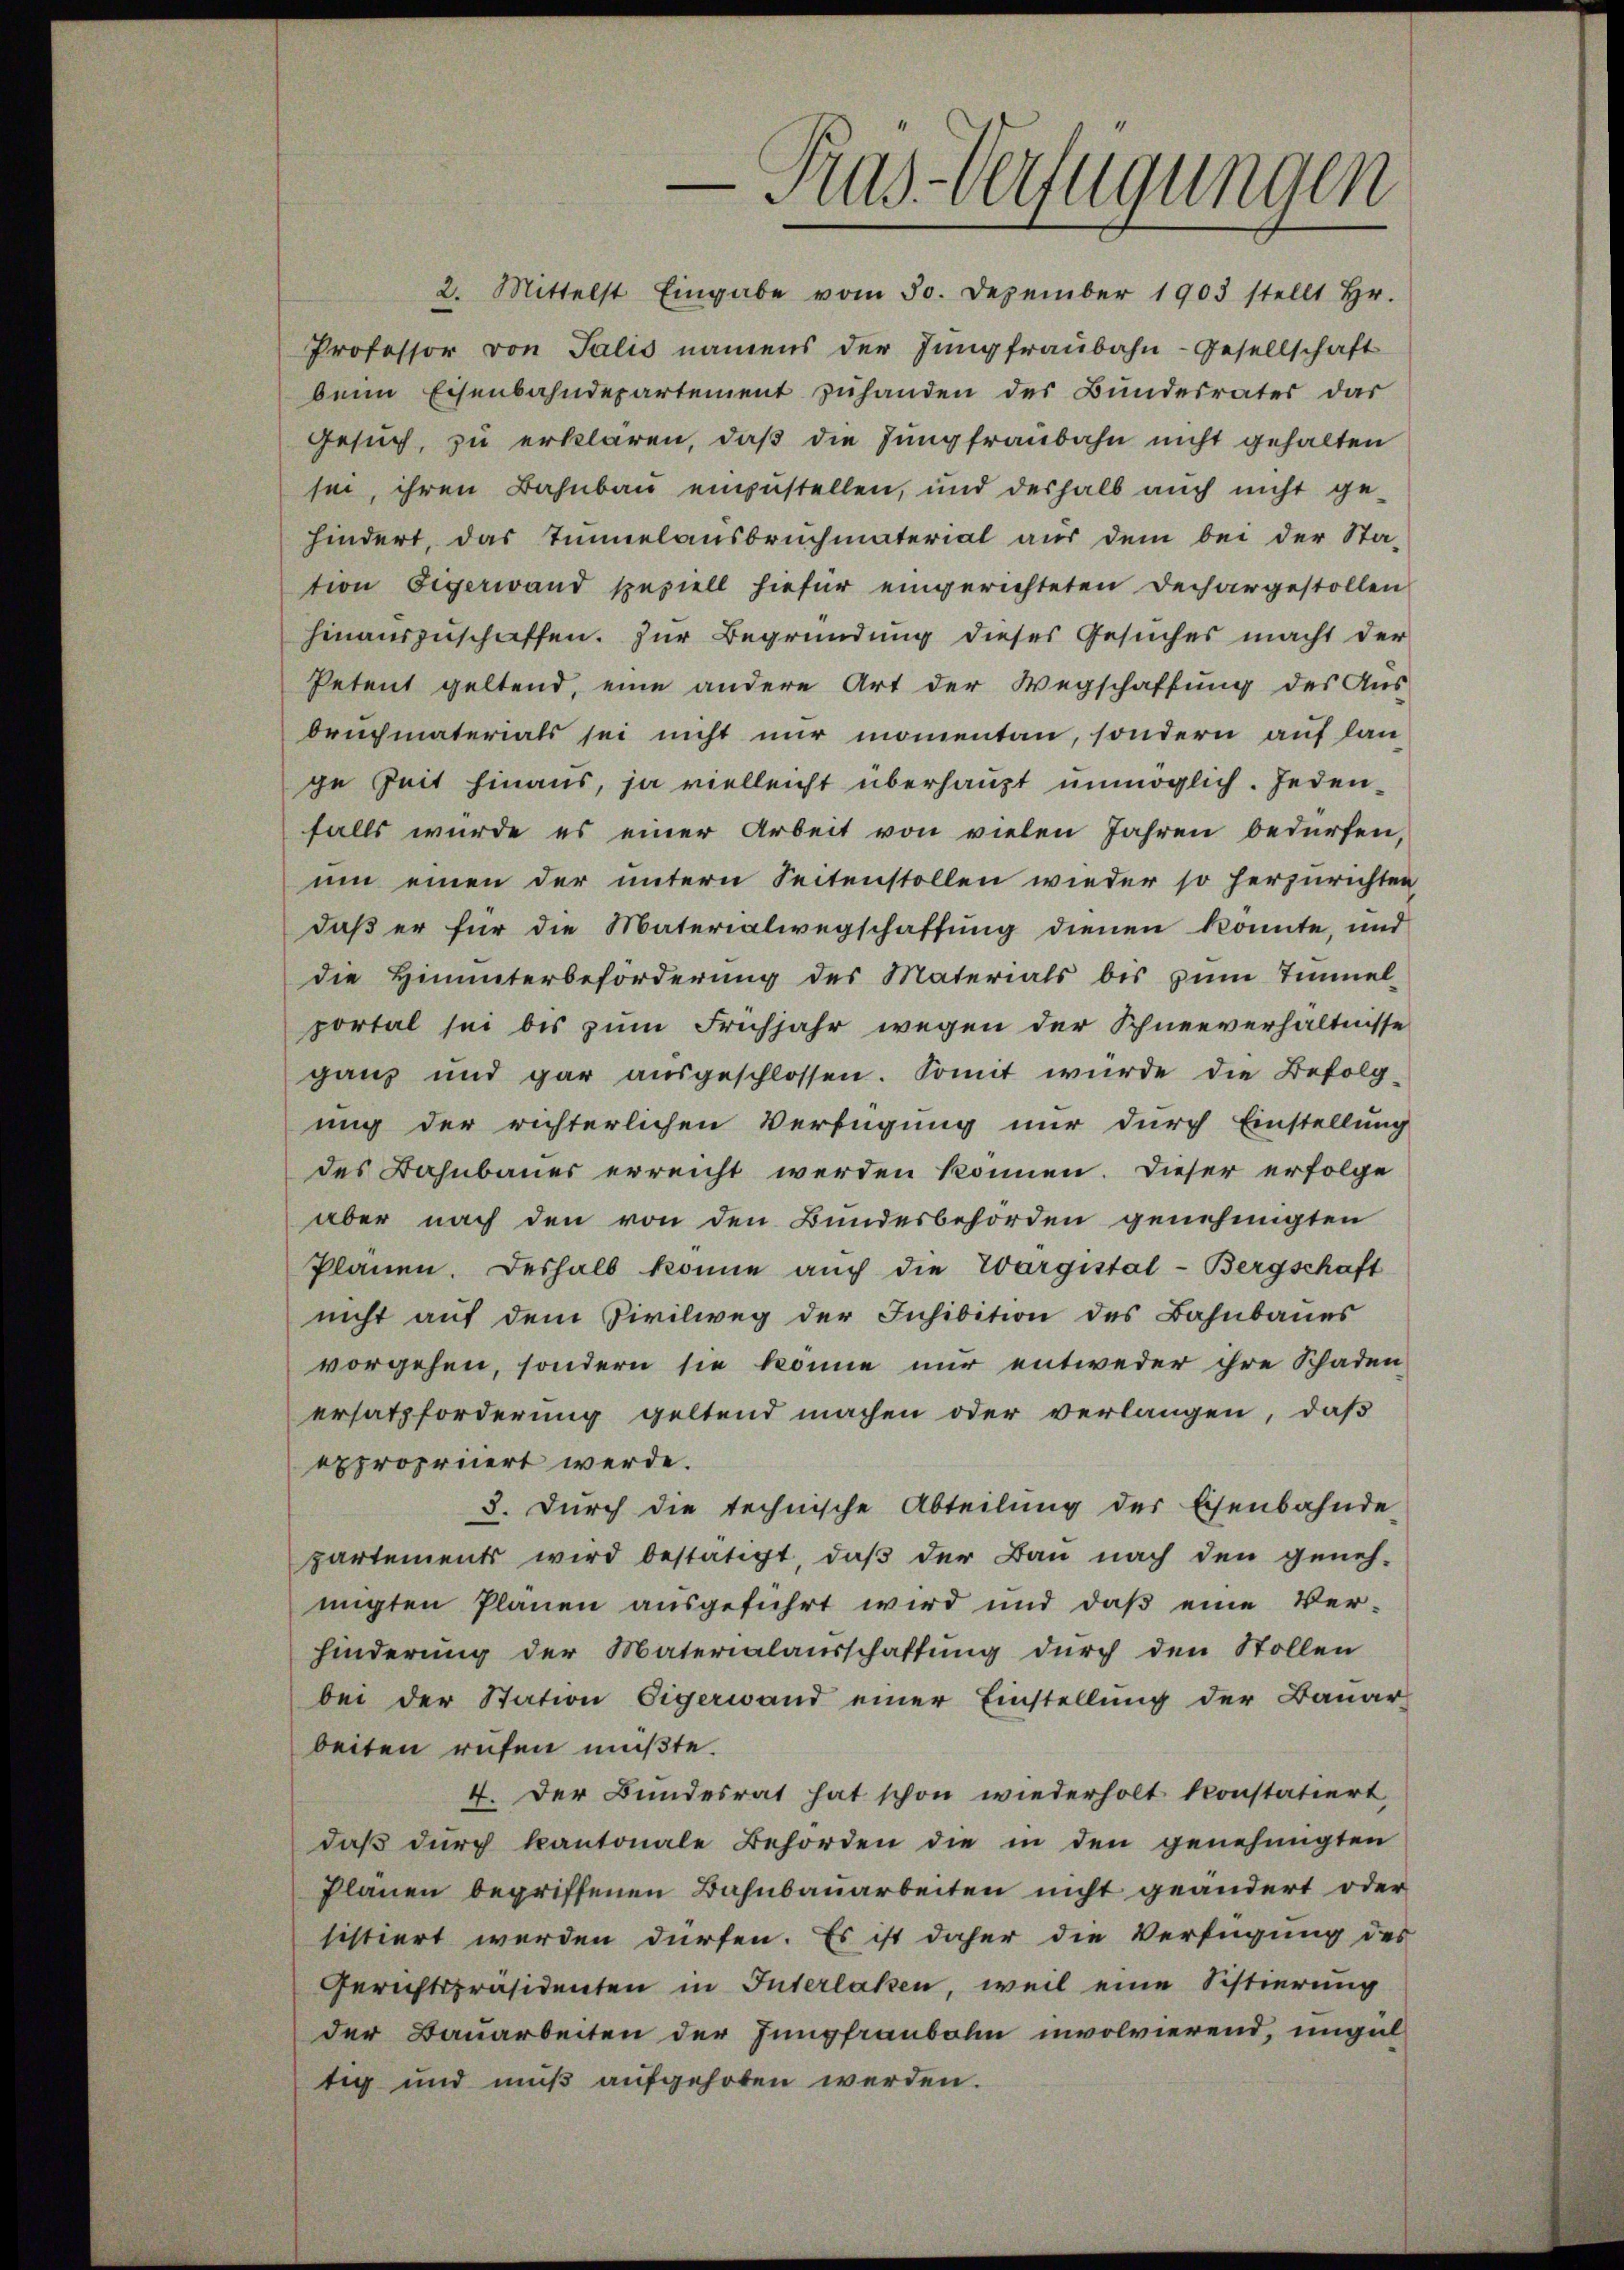
-Pras-Verfügungen

2. Mittelst Eingabe vom 30. Dezember 1903 stellt Hr.
Professor von Salis namens der Jungfraubahn-Gesellschaft
beim Eisenbahndepartement zŭhanden des Bundesrates dar
Gesuch, zu erklären, daß die Jungfraubahn nicht gehalten
sei, ihren Bahnbau einzustellen, und deshalb auch nicht ge-
hindert, das Tunnelausbruchmaterial aus dem bei der Sta-
tion Eigerwand speziell hiefür eingerichteten Dechargestollen
hinauszuschaffen. Zur Begründung dieses Gesuches macht der
Petent geltend, eine andere Art der Wegschaffung des Aus-
bruchmaterials sei nicht nur momentan, sondern auf lan
ge Zeit hinaus, ja vielleicht überhaupt unmöglich. Jedenfalls wurde es einer Arbeit von vielen Jahren bedürfen,
um einen der untern Seitenstollen wieder so herzurichten
daß er für die Materialwegschaffung dienen konnte, und
die Hinterbeförderung des Materials bis zŭm Tinel-
portal sei bis zum Frühjahr wegen der Schneeverhältnisse
gaus und gar aŭsgeschlossen. Somit wurde die Befolg-
ung der richterlichen Verfügung nur durch Einstellung
des Bahnbauer erreicht werden können. Dieser erfolge
aber nach den von den Bundesbehörden genehmigten
Planen. Deshalb könne aŭch die Evargistal-Bergschaft
nicht auf dem Civilweg der Inhibition des Bahnbaues
vorgehen, sondern sie könne nur entweder ihre Schaden
ersatzforderung geltend machen oder verlangen, daß
expropriiert werde.
3. Durch die technische Abteilŭng der Eisenbahnde
partements wird bestätigt, daß der Bau nach den geneh-
migten Plänen ausgeführt wird und daβ eine Ver-
hinderung der Materialausschaftung durch den Stollen
bei der Station Eigerwand einer Einstellung der Baŭar-
beiten rufen müßte.
4. Der Bundesrat hat schon wiederholt konstatiert,
daβ dŭrch kantonale Behörden die in den genehmigten
Plänen begriffenen Bahnbauarbeiten nicht geändert oder
sistiert werden dürfen. Es ist daher die Verfügung des
Gerichtspräsidenten in Interlaken, weil eine Sistierung
der Bauarbeiten der Jungfraubahn involvierend, ungültig und muß aufgehoben werden.